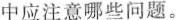
中应注意哪些问题。